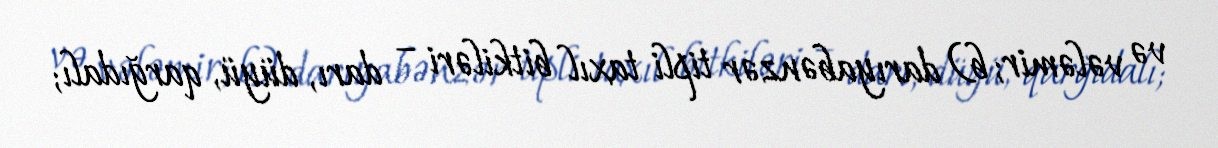
və vələmir; b) darıyabənzər tipli taxıl bitkiləri – darı, düyü, qarğıdalı;